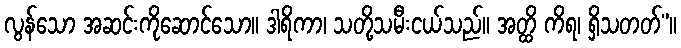
လွန်သော အဆင်းကိုဆောင်သော။ ဒါရိကာ၊ သတို့သမီးငယ်သည်။ အတ္ထိ ကိရ၊ ရှိသတတ်”။